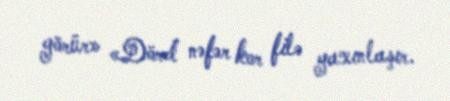
görür» «Dörd nəfər kor filə yaxınlaşır.